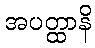
အပတ္ထာနိ